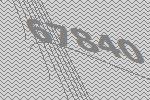
67840